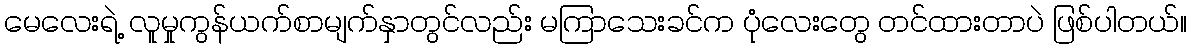
မေလေးရဲ့ လူမှုကွန်ယက်စာမျက်နှာတွင်လည်း မကြာသေးခင်က ပုံလေးတွေ တင်ထားတာပဲ ဖြစ်ပါတယ်။